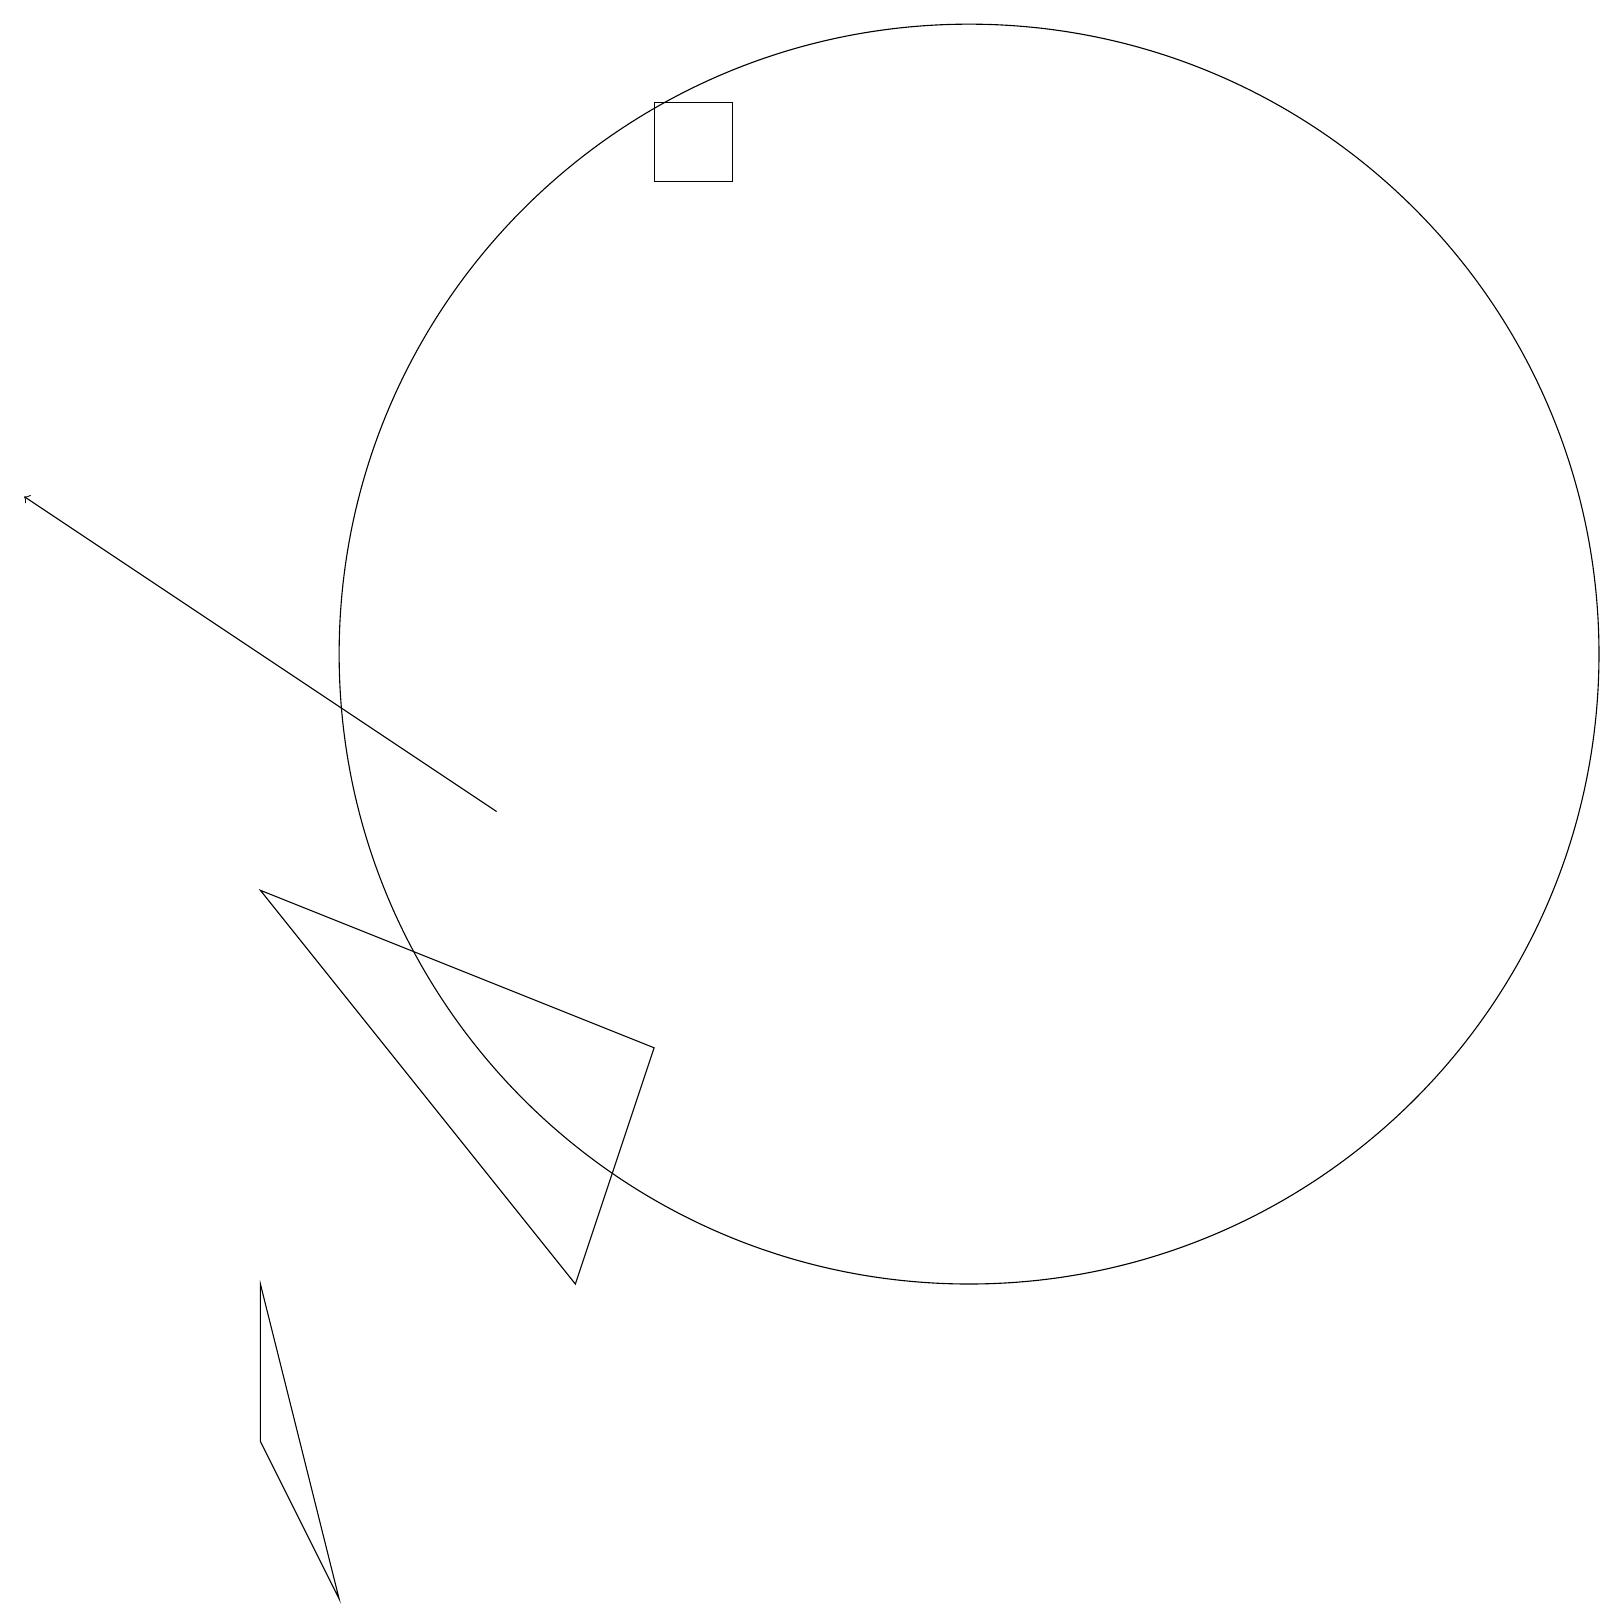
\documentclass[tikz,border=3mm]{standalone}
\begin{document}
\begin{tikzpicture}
\draw (8,18) rectangle (9,19);
\draw[->] (6,10) -- (0,14);
\draw (7,4) -- (3,9) -- (8,7) -- cycle;
\draw (12,12) circle (8);
\draw (3,4) -- (4,0) -- (3,2) -- cycle;
\draw (11,11) circle (0);
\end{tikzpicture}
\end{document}